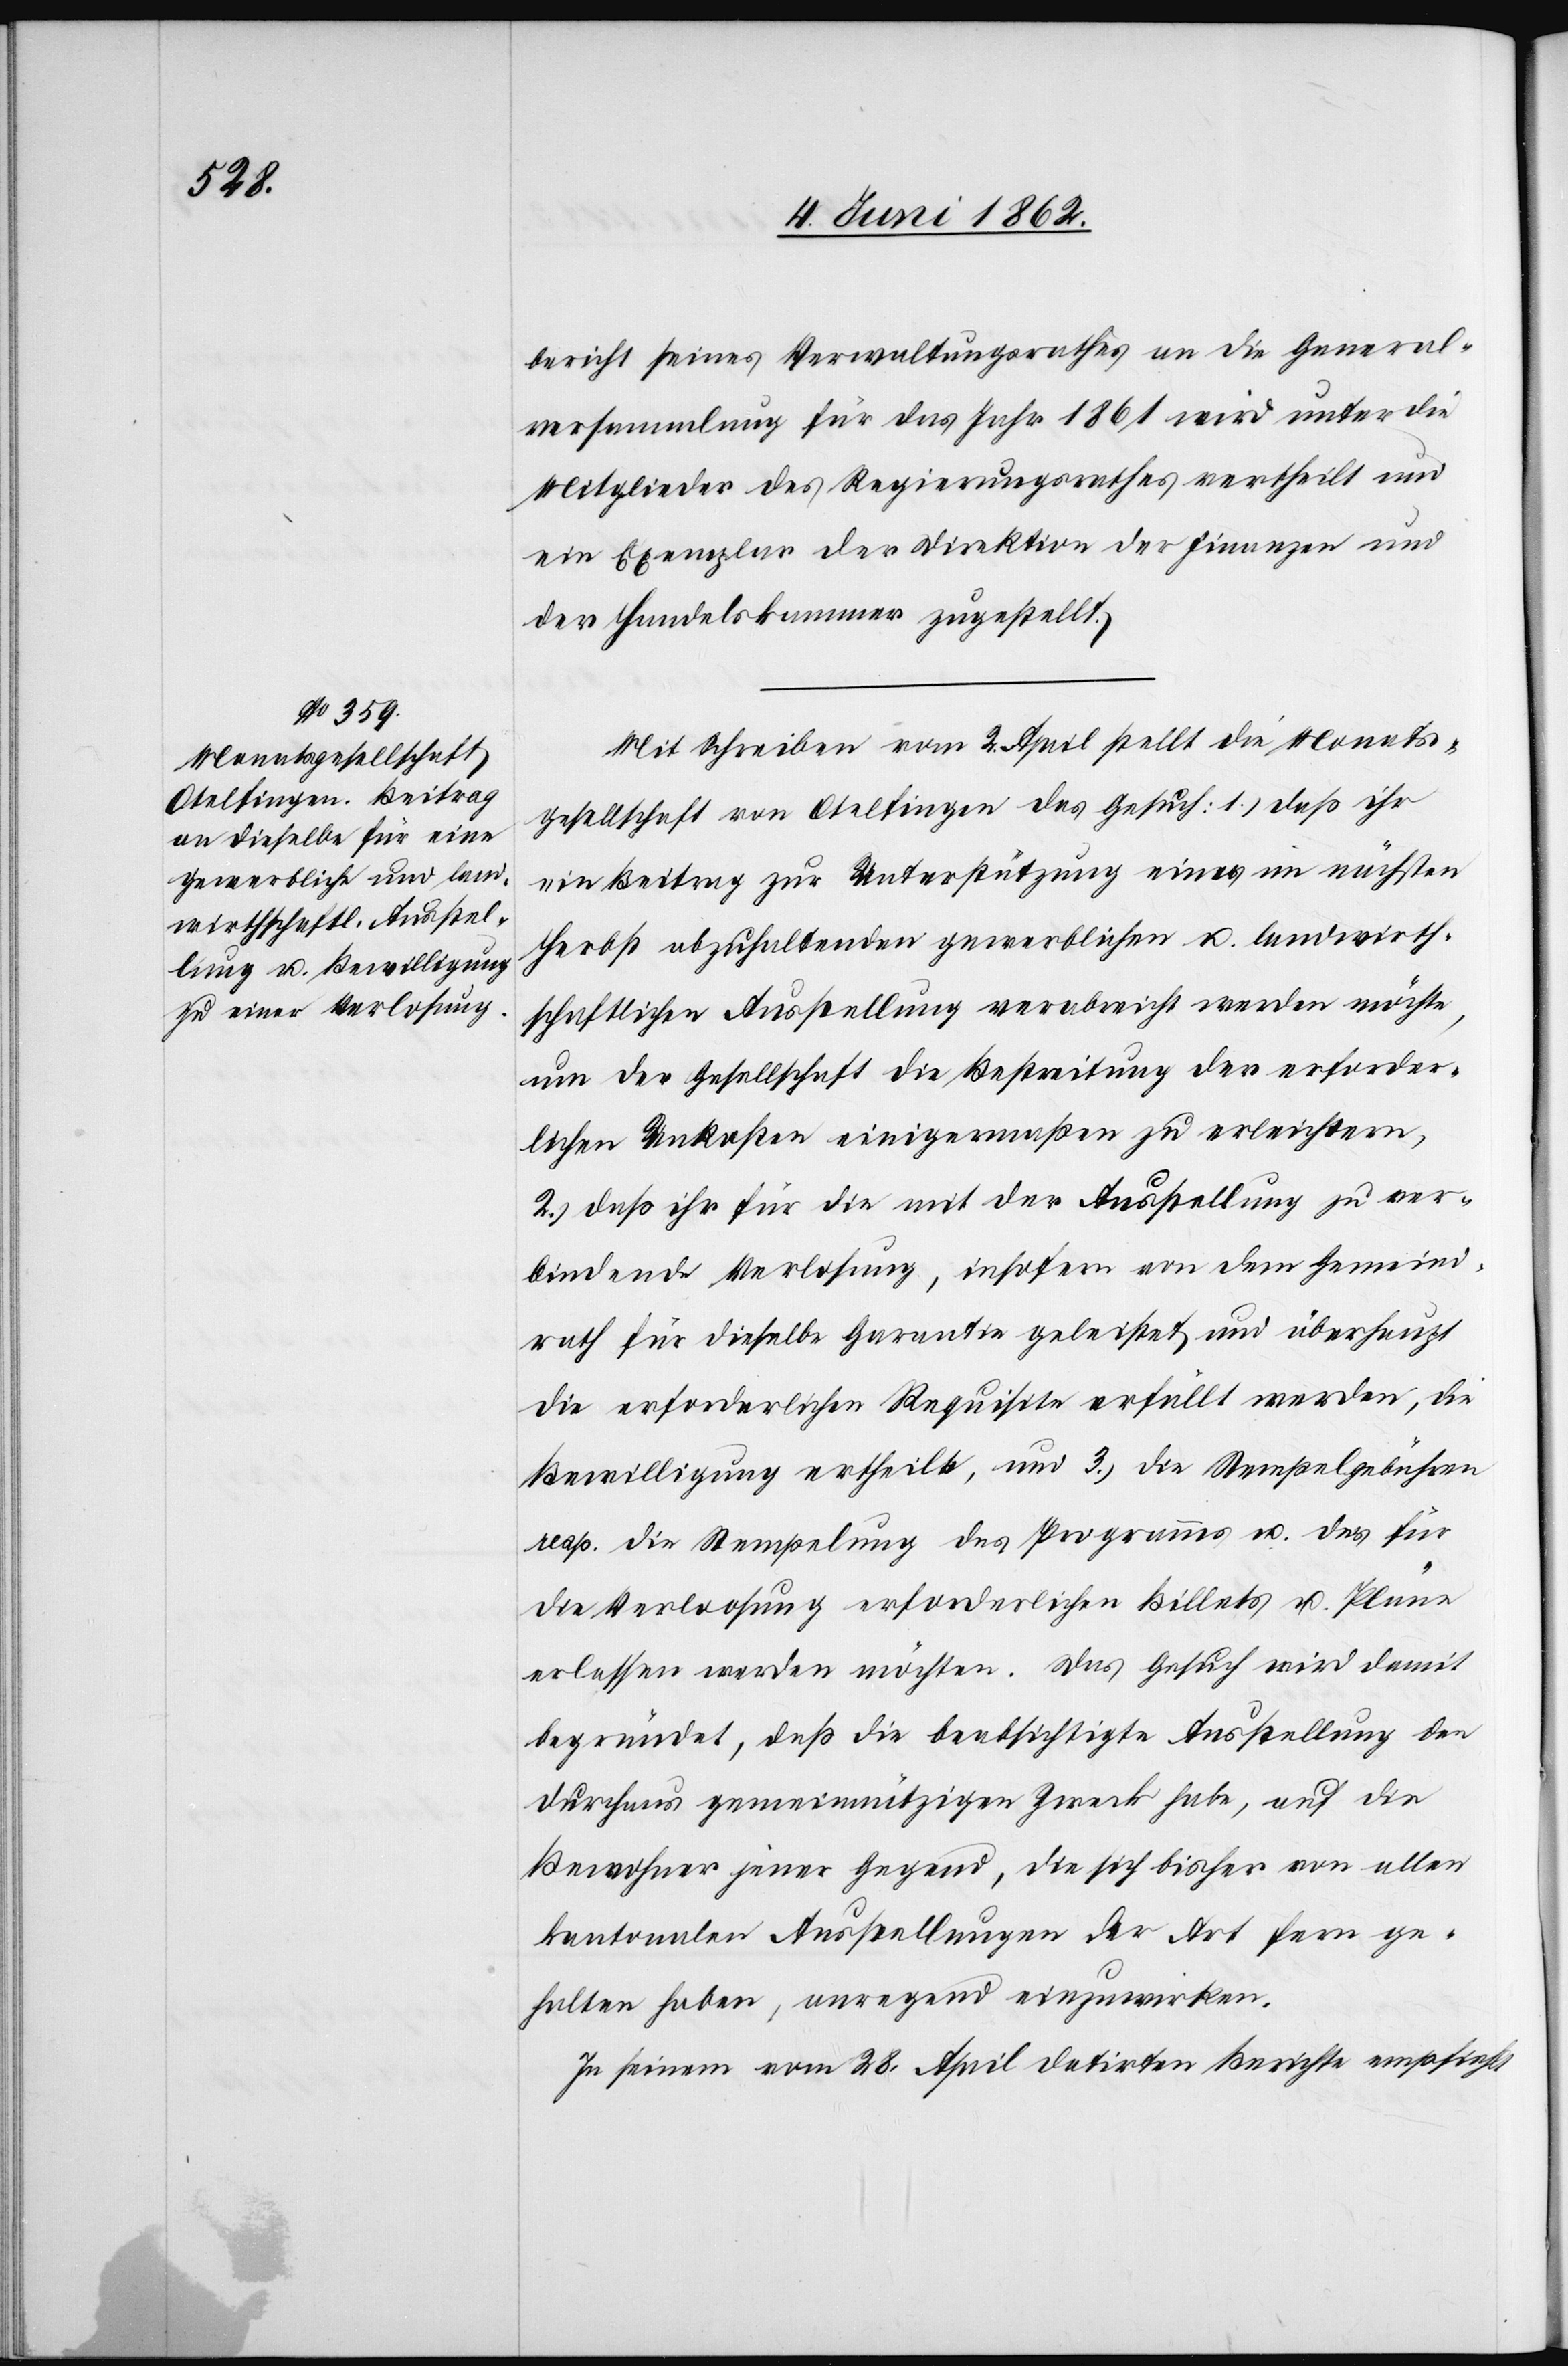
bericht seines Verwaltungsrathes an die General¬
versammlung für das Jahr 1861 wird unter die
Mitglieder des Regierungsrathes vertheilt und
ein Exemplar der Direktion der Finanzen und
der Handelskammer zugestellt.
Mit Schreiben vom 2. April stellt die Monats¬
gesellschaft von Otelfingen das Gesuch: 1) daß ihr
ein Beitrag zur Unterstützung einer im nächsten
Herbst abzuhaltenden gewerblichen u. landwirth¬
schaftlichen Ausstellung verabreicht werden möchte,
um der Gesellschaft die Bestreitung der erforder¬
lichen Unkosten einigermaßen zu erleichtern,
2) daß ihr für die mit der Ausstellung zu ver¬
bindende Verlosung, insofern von dem Gemeind¬
rath für dieselbe Garantie geleistet und überhaupt
die erforderlichen Requisite erfüllt werden, die
Bewilligung ertheilte, u. 3) die Stempelgebühren
resp. die Stempelung des Programmes u. des für
die Verloosung erforderlichen Billets u. Pläne
erlassen werden möchten. Das Gesuch wird damit
begründet, daß die beabsichtigte Ausstellung den
durchaus gemeinnützigen Zweck habe, auf die
Bewohner jener Gegend, die sich bisher von allen
kantonalen Ausstellungen der Art fern ge¬
halten haben, anregend einzuwirken.
In seinem vom 28. April datirten Berichte empfiehlt